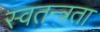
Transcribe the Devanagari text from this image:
स्‍वतन्त्रता